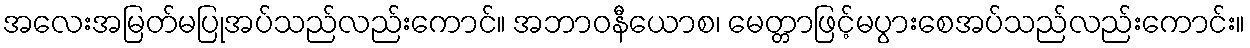
အလေးအမြတ်မပြုအပ်သည်လည်းကောင်။ အဘာဝနီယောစ၊ မေတ္တာဖြင့်မပွားစေအပ်သည်လည်းကောင်း။